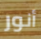
أنور